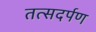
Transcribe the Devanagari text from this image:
तत्सदर्पण